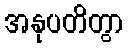
အနုပတိတွာ